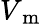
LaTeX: V_{\mathrm{~m~}}